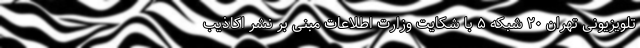
تلویزیونی تهران ۲۰ شبکه ۵ با شکایت وزارت اطلاعات مبنی بر نشر اکاذیب